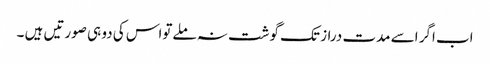
اب اگر اسے مدت دراز تک گوشت نہ ملےتواس کی دو ہی صورتیں ہیں ۔